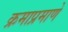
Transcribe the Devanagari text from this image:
क्रमाप्रमाणे